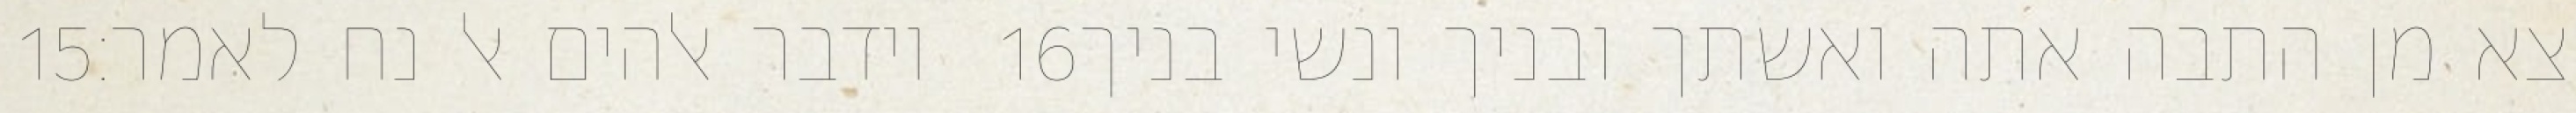
‎15‏ וידבר אלהים אל נח לאמר׃ ‎16‏ צא מן התבה אתה ואשתך ובניך ונשי בניך